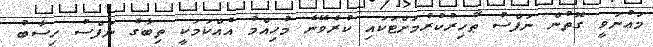
މަޢުނަވީ ގޮތުން ނަފްސު ޠާހިރުކުރުމަށްޓަކައި ކުރެވޭނެ މުހިއްމު އެއްކަމަކީ ތިބާގެ ނަފްސު ހިސާބު